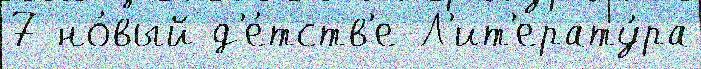
7 но́вый д'е́тств'е Л'ит'ерату́ра